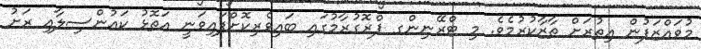
މުވައްޒަފުން އިތުރަށް ތާޒާކުރުމެވެ. މި ޓްރޭނިންގ ޕްރޮގުރާމުގައި ބައިވެރިކޮށްފައިވަނީ އަތޮޅު ކައުންސިލާއި ރަށު